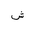
Letter: _shin